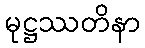
မုဋ္ဌဿတိနာ